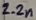
Text: 2.2n